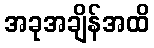
အခုအချိန်အထိ